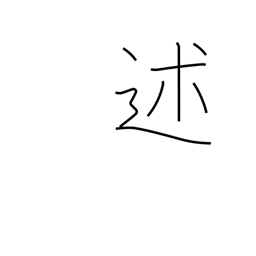
Meaning: mention